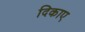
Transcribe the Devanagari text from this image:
दिकाए